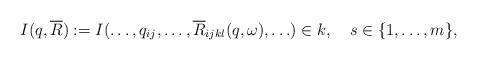
LaTeX: \begin{align*} I(q,\overline{R}):= I(\ldots, q_{ij},\ldots, \overline{R}_{ijkl}(q,\omega),\ldots)\in k,\ \ \ s\in \{1,\ldots,m\},\end{align*}